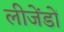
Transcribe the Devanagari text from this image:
लीजेंडों